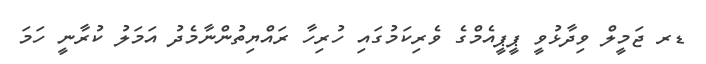
ޑރ ޖަމީލް ވިދާޅުވީ ޕީޕީއެމްގެ ވެރިކަމުގައި ހުރިހާ ރައްޔިތުންނާމެދު އަމަލު ކުރާނީ ހަމަ